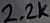
Text: 2.2K